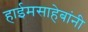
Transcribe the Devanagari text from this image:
हाईमसाहेबांनी